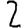
Digit: 2